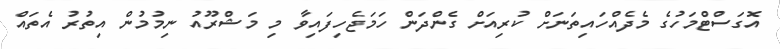
އޮގަސްޓްމަހުގެ މެދެއްހައިތަނަށް ކުރިއަށް ގެންދަން ހަމަޖެހިފައިވާ މި މަޝްރޫއު ނިމުމުން އިތުރު އެތައް